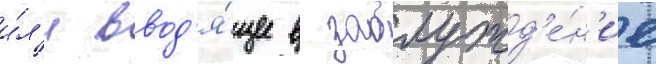
и́л'и ввод'я́щее в заблужд'е́н'ие